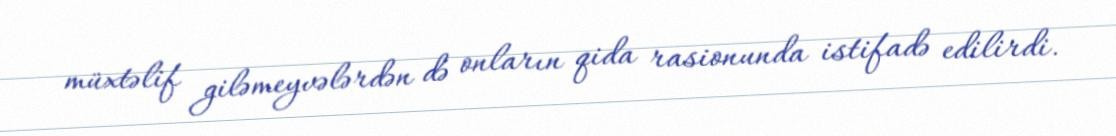
müxtəlif giləmeyvələrdən də onların qida rasionunda istifadə edilirdi.